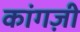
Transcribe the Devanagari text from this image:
कांगज़ी